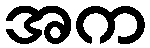
အက